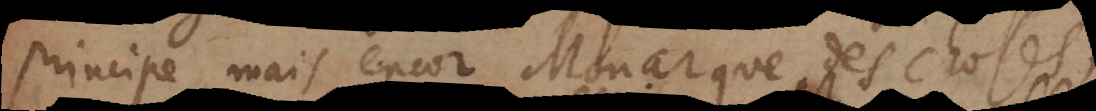
principe, mais encor Monarque des choses;